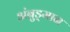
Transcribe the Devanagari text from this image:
अंबुड्मान